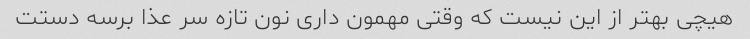
هیچی بهتر از این نیست که وقتی مهمون داری نون تازه سر عذا برسه دستت